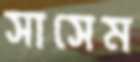
সাসেম